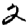
Digit: 2